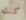
كنت